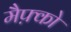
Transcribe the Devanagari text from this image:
मैफ़्को